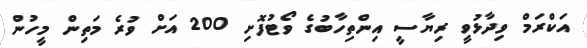
އަކްރަމް ވިދާޅުވީ ރިޔާސީ އިންތިހާބުގެ ވޯޓުފޮށި 200 އަށް ވުރެ މަތިން މީހުން